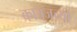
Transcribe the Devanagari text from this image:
कात्रजच्या